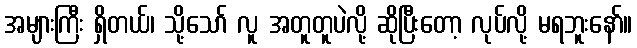
အများကြီး ရှိတယ်၊ သို့သော် လူ အတူတူပဲလို့ ဆိုပြီးတော့ လုပ်လို့ မရဘူးနော်။